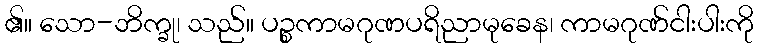
၏။ သော-ဘိက္ခု၊ သည်။ ပဉ္စကာမဂုဏပရိညာမုခေန၊ ကာမဂုဏ်ငါးပါးကို